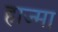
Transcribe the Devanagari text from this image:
हाज्मा